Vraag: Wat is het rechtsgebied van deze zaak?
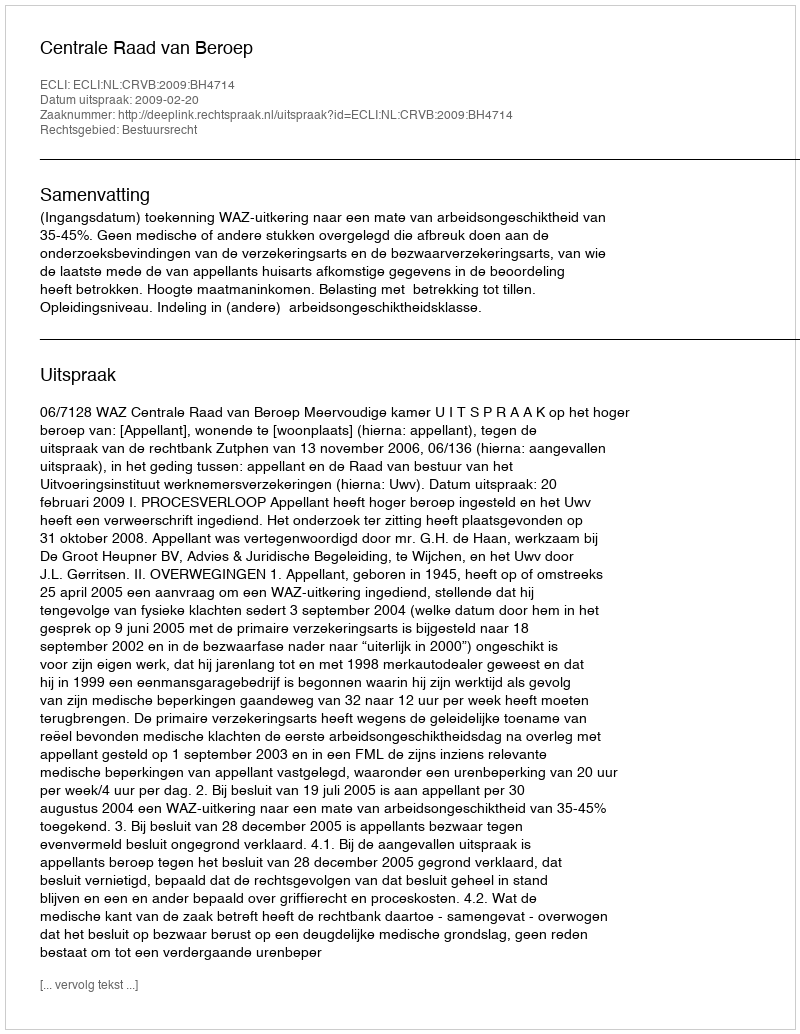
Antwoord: Bestuursrecht